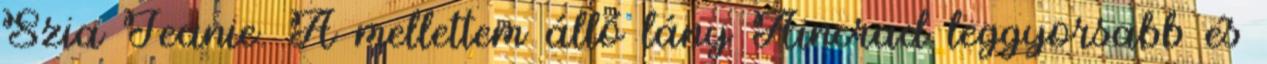
Szia Jeanie. A mellettem álló lány Aincrad leggyorsabb és